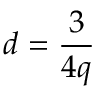
d = \frac { 3 } { 4 q }